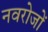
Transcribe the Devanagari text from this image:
नवरोजों